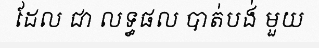
ដែល ជា លទ្ធផល បាត់បង់ មួយ